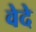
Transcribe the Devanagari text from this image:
वेदे